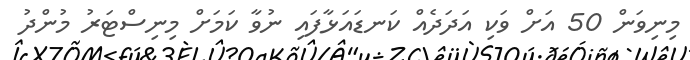
މިނިވަން 50 އަށް ވަކި އަދަދެއް ކަނޑައަޅާފައި ނުވާ ކަމަށް މިނިސްޓަރު މުންދު